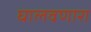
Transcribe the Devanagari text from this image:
घालवणारा